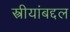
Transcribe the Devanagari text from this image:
स्त्रीयांबद्दल